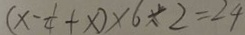
( x - \frac { 1 } { 4 } + x ) \times 6 \div 2 = 2 4